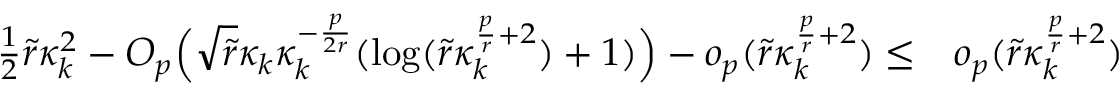
\begin{array} { r l } { \frac { 1 } { 2 } \widetilde { r } \kappa _ { k } ^ { 2 } - O _ { p } \Big ( \sqrt { \widetilde { r } } \kappa _ { k } \kappa _ { k } ^ { - \frac { p } { 2 r } } ( \log ( \widetilde { r } \kappa _ { k } ^ { \frac { p } { r } + 2 } ) + 1 ) \Big ) - o _ { p } ( \widetilde { r } \kappa _ { k } ^ { \frac { p } { r } + 2 } ) \le } & { o _ { p } ( \widetilde { r } \kappa _ { k } ^ { \frac { p } { r } + 2 } ) } \end{array}